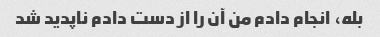
بله، انجام دادم من آن را از دست دادم ناپدید شد